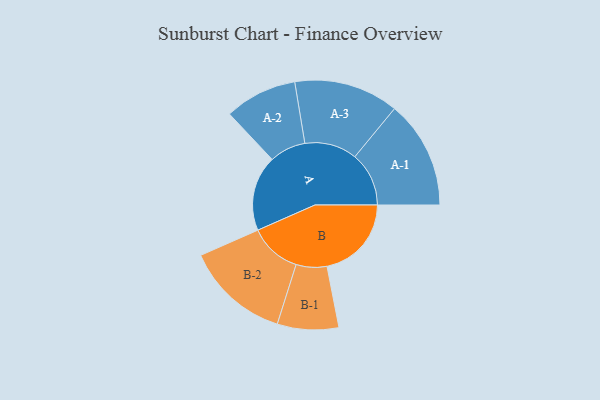
{"axis": {"x": "Segment", "y": "Value"}, "legend": ["", "A", "B"], "data": [{"x": "A", "y": 310, "type": ""}, {"x": "B", "y": 347, "type": ""}, {"x": "A-1", "y": 222, "type": "A"}, {"x": "A-2", "y": 149, "type": "A"}, {"x": "A-3", "y": 215, "type": "A"}, {"x": "B-1", "y": 126, "type": "B"}, {"x": "B-2", "y": 214, "type": "B"}]}